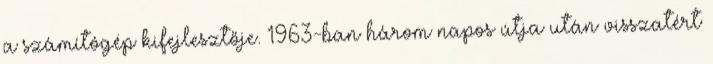
a számítógép kifejlesztője. 1963-ban három napos útja után visszatért